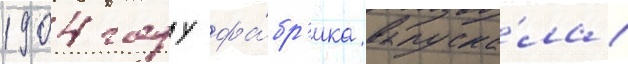
1904 году фа́бр'ика выпуска́ла